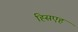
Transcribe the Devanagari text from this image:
ह्सिएह